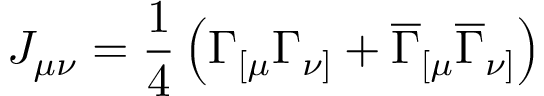
J _ { \mu \nu } = \frac 1 4 \left( \Gamma _ { [ \mu } \Gamma _ { \nu ] } + \overline { { { \Gamma } } } _ { [ \mu } \overline { { { \Gamma } } } _ { \nu ] } \right)